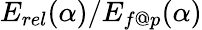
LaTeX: E_{rel}(\alpha)/E_{f@p}(\alpha)